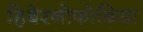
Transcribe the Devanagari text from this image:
हिबेरनोफोबिया